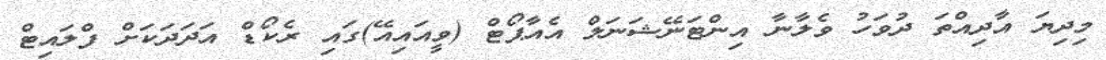
މިދިޔަ އާދިއްތަ ދުވަހު ވެލާނާ އިންޓަނޭޝަނަލް އެއާޕޯޓް (ވީއައިއޭ)ގައި ރެކޯޑް އަދަދަކަށް ފްލައިޓް